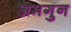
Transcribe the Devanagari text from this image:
अमगुन